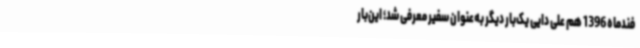
فندماه 1396 هم علی دایی یک‌بار دیگر به‌عنوان سفیر معرفی شد؛ این‌بار